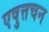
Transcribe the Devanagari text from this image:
एषुत्तचन